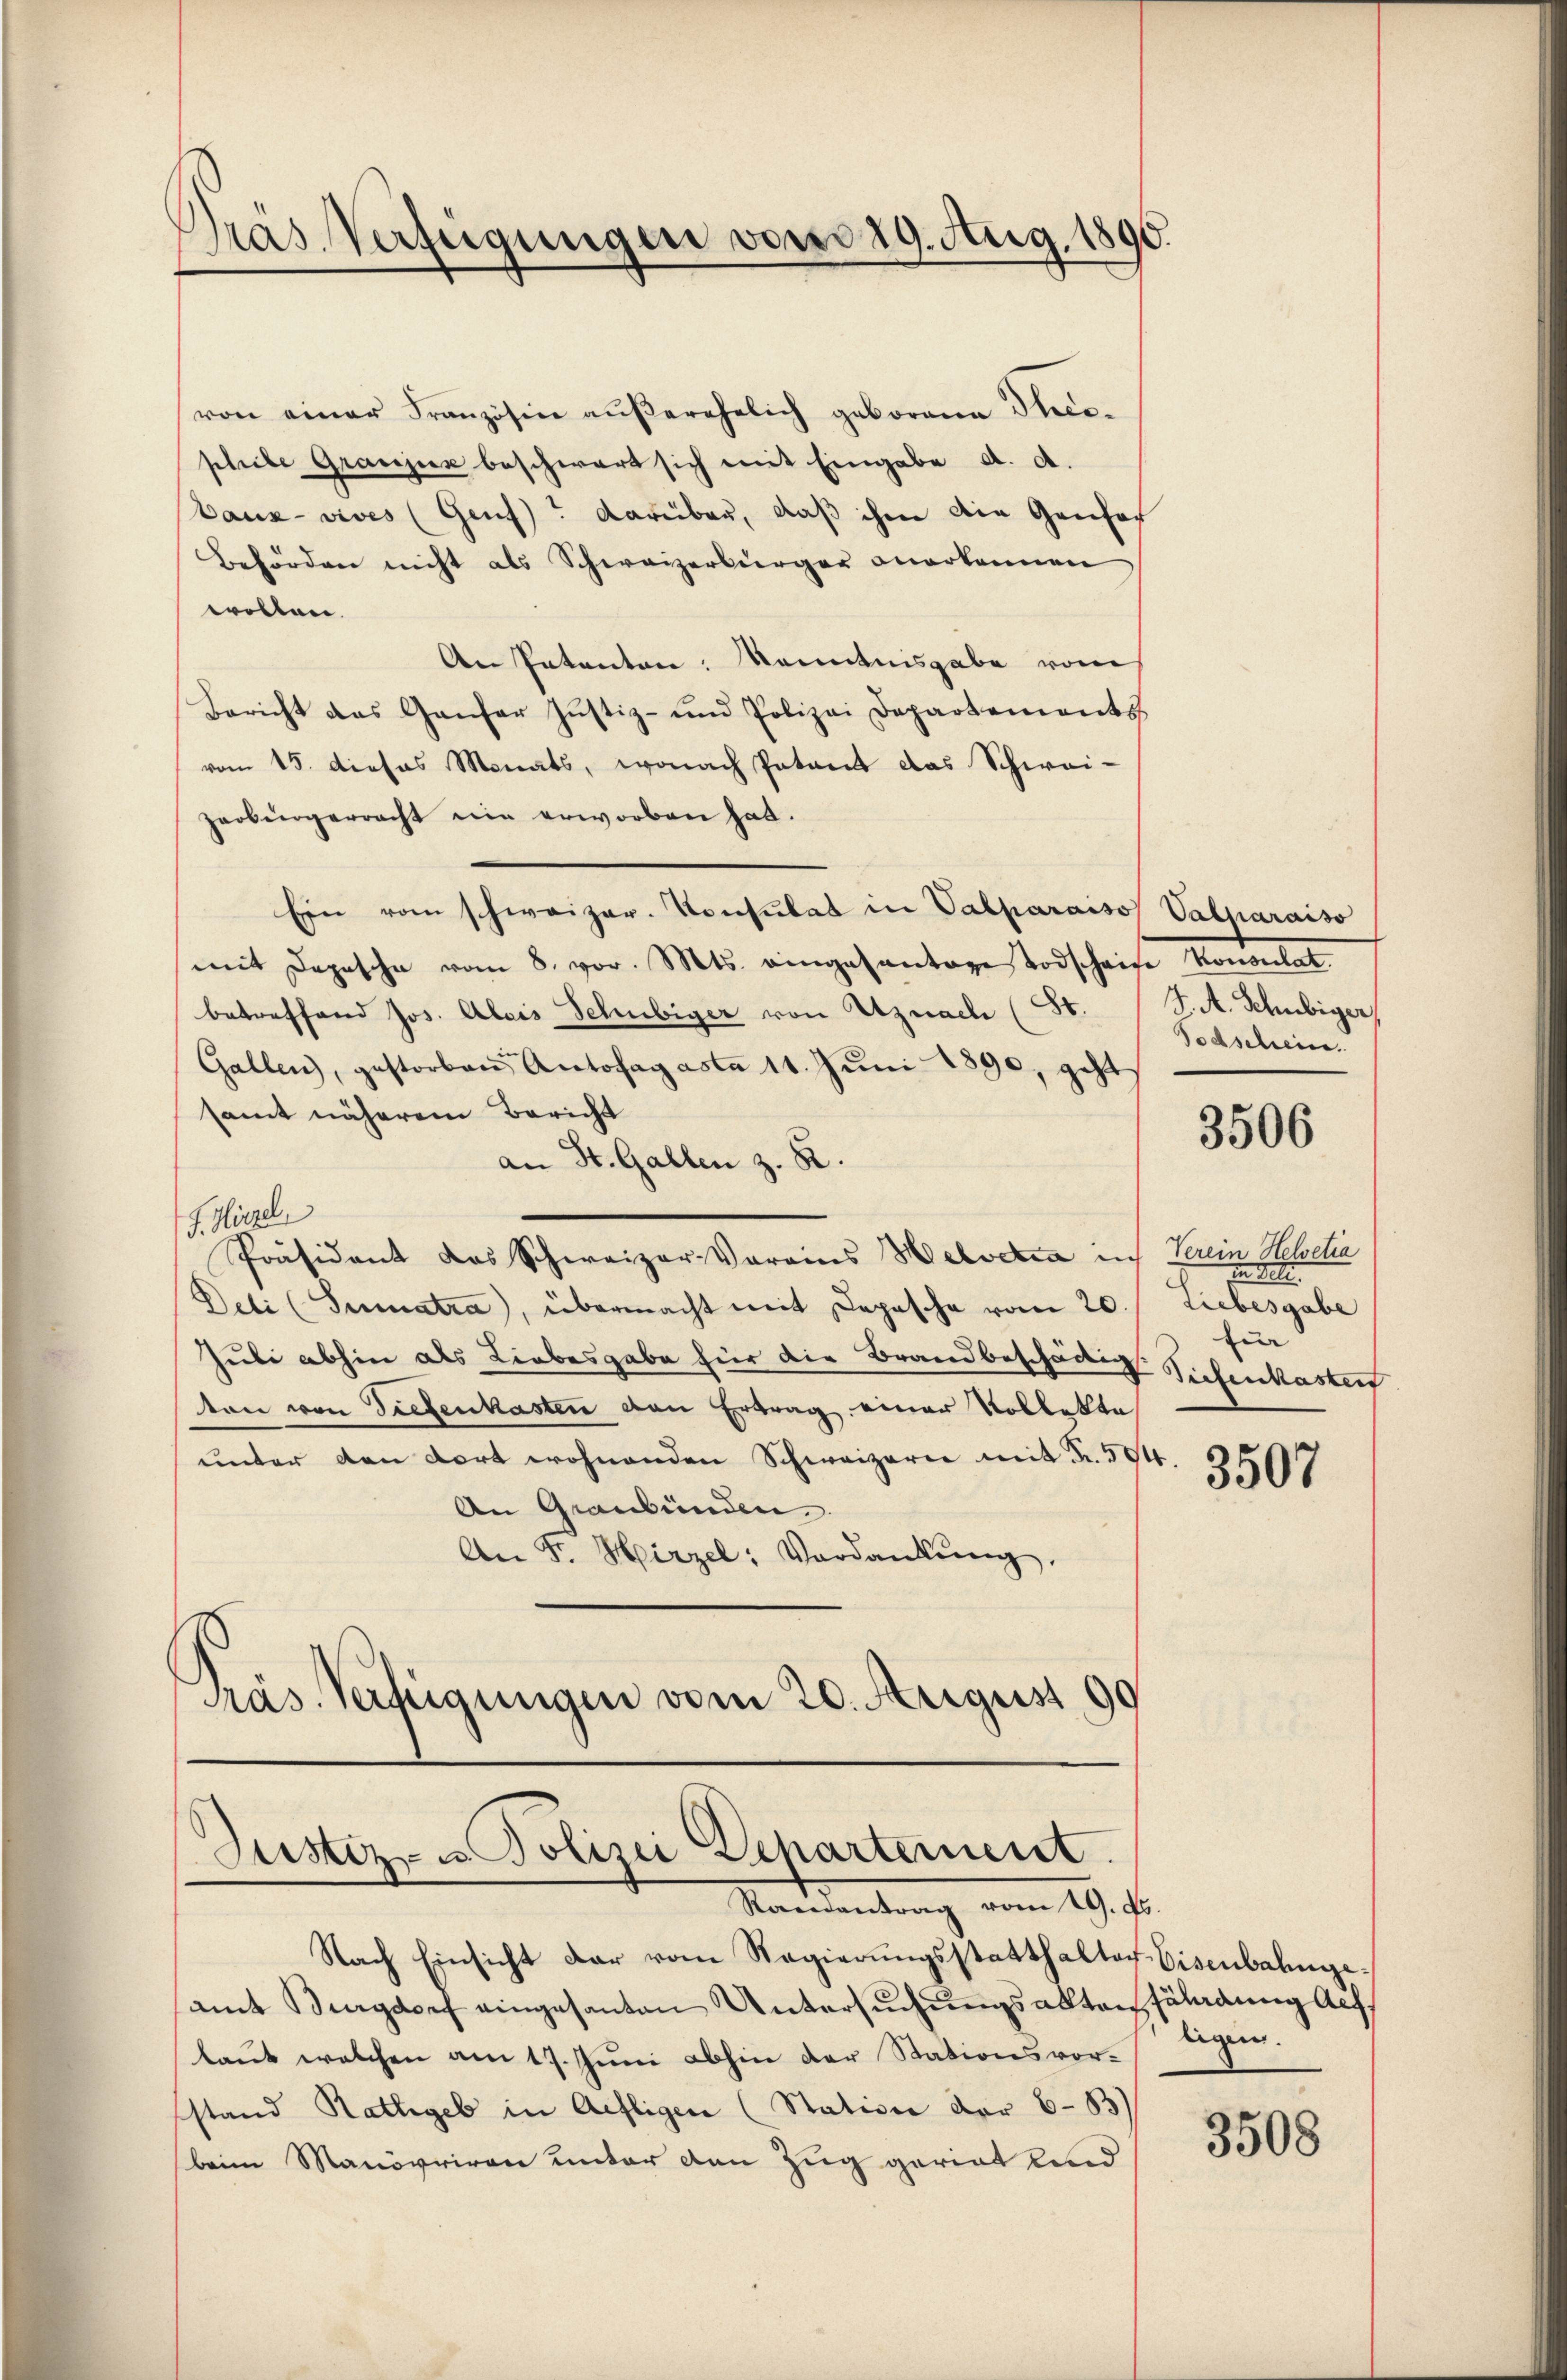
Präs. Verfügungen vom 29. Aug. 1890.

von einer Französin aŭβerehelich geborene Theo-
phiebe Granjez beschwart sich mit Eingabe d. d.
baux- vives (Genf)? darüber, daß ihm die Genfor
Behörden nicht als Schweizerbürger anerkennen
wollen.
An Patenten: Kenntnisgabe vom
Bericht das Ganfer Justiz- und Polizei Departements
vom 15. dieses Monats, wonach Patant das Schwai-
zerbürgerracht ein erworben hat.
Ein vom schweizer. Konsulat in Vabparaiso Valparaiso
mit Depesche vom 8. vor. Mts. eingesantage Todschaise Konsultat.
betreffend Jos. Alois Schubiger von Uznach (St.
Gallen, gestorben Autofagasta 11. Juni 1890, geh
samt näherem Bericht
an St. Gallen z. B.
J. Hirze
Präsident das Schweizer-Vorains Helvetia in Verein Helvetia
Deti (Sumatra), übermacht mit Depesche vom 20. Liebesgabe
Juli abhin als Liebesgabe für die Brandbeschädig Sichenkastent
ton von Tiefenkasten den Ertrag einer Kollekte
unter den dort wohnenden Schweizerer mit Fr. 50
An Graubünden.
An F. Hirzel: Verdankŭng.
Präs. Verfügungen vom 20. August 190

Justiz- u. Polizei Departement.
Randantrag vom 19. ds.

J. A. Schubiger,
Todschein.

Nach Einsicht dar vom Regierŭngsstatthalter Eisenbahngeamt Bagdorf eingesanten Untersuchungsakten fährdung Auflaut welchen am 17. Juni abhin der Stationsvorstand Rathgeb in Aefligen (Station der 6-83)
beim Manövriren unter den Zug gerint und

3506

in Bett.
für

r. 3507

ligen.

3508